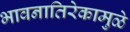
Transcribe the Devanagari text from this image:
भावनातिरेकामुळे